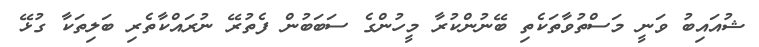
ޝުއައިބު ވަނީ މަސްތުވާތަކެތި ބޭނުންކުރާ މީހުންގެ ސަބަބުން ފެތުރޭ ނުރައްކާތެރި ބަލިތަކާ ގުޅޭ